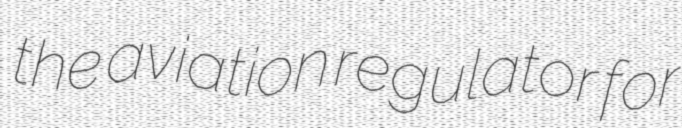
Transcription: the aviation regulator for